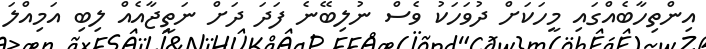
އިންތިހާބެއްގައި މީހަކަށް ދުވަހަކު ވެސް ނުލިބޭނެ ފަދަ ދަށް ނަތީޖާއެއް ލިބި އަމިއްލަ